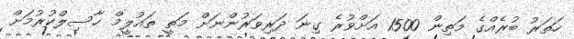
ހަތަރު ބުރެއްގެ މަތިން 1500 އަށްވުރެ ގިނަ ދަރިވަރުންނަށް މަތީ ތައުލީމް ހާސިލްކުރުމަށް